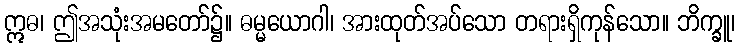
ဣဓ၊ ဤအသုံးအမတော်၌။ ဓမ္မယောဂါ၊ အားထုတ်အပ်သော တရားရှိကုန်သော။ ဘိက္ခူ၊